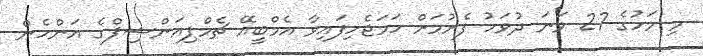
މި މަހުގެ 27 ވަނަ ދުވަހު ފެށުމަށް ހަމަޖެހިފައިވާ އެމްބީއޭ ޗެމްޕިއަންޝިޕްގެ އަންހެން